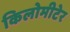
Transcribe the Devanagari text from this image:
किलोमीटेर